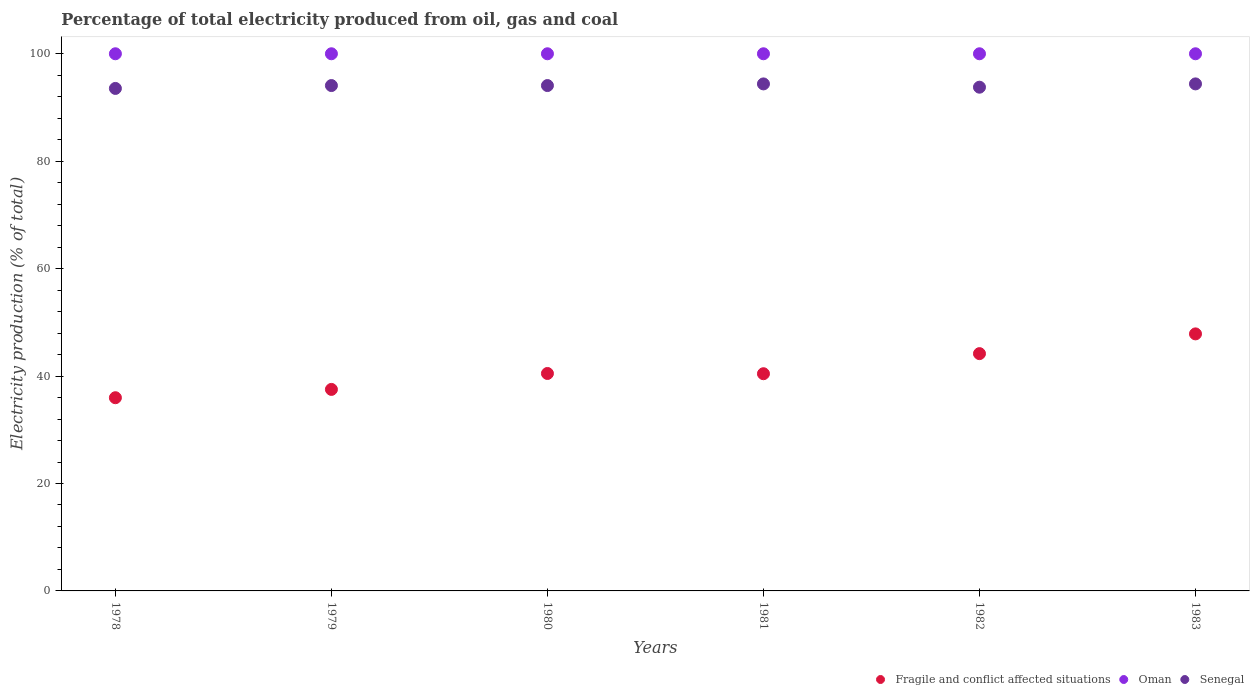
| Years | Fragile and conflict affected situations | Oman | Senegal |
 | --- | --- | --- | --- |
 | 1978 | 36 | 100 | 93.5 |
 | 1979 | 37.5 | 100 | 94.1 |
 | 1980 | 40.5 | 100 | 94.1 |
 | 1981 | 40.4 | 100 | 94.4 |
 | 1982 | 44.2 | 100 | 93.8 |
 | 1983 | 47.9 | 100 | 94.4 |